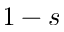
1 - s